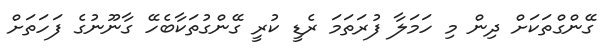
ގޭންގްތަކަށް ދިން މި ހަމަލާ ފުރަަތަމަ ރެޑީ ކުރީ ގޭންގުތަކާބެހޭ ގާނޫނުގެ ފަހަތަށް